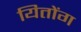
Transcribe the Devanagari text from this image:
यितोंग